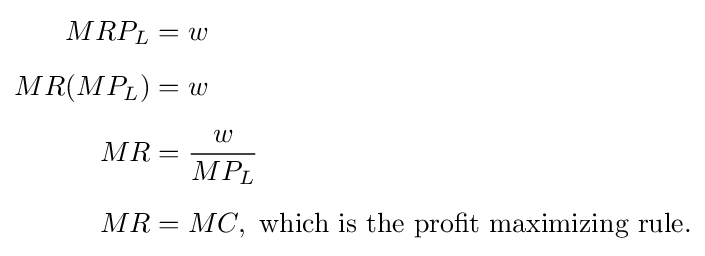
{\begin{aligned}MRP_{L}&=w\\[5pt]MR(MP_{L})&=w\\[5pt]MR&={\frac {w}{MP_{L}}}\\[5pt]MR&=MC,{\text{ which is the profit maximizing rule.}}\end{aligned}}